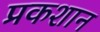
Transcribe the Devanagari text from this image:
प्रकशान